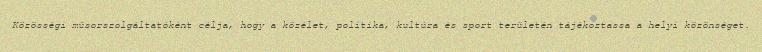
Közösségi műsorszolgáltatóként célja, hogy a közélet, politika, kultúra és sport területén tájékoztassa a helyi közönséget.